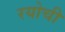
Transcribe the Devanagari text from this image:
रयोची